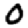
Digit: 0